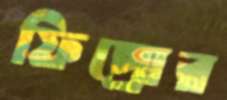
ফিপ্রোর